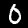
Label: 0